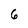
Character: 6